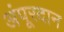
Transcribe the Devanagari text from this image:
अंपूरदान